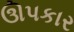
ઊપકાર